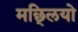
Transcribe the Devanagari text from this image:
मछ्लियो